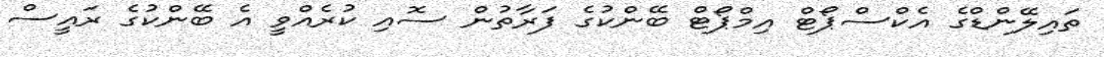
ތައިލޭންޑްގެ އެކްސްޕޯޓް އިމްޕޯޓް ބޭންކުގެ ފަރާތުން ސޮއި ކުރެއްވީ އެ ބޭންކުގެ ރައީސް